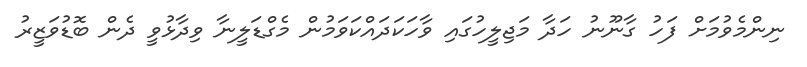
ނިންމެވުމަށް ފަހު ގާނޫނު ހަދާ މަޖިލީހުގައި ވާހަކަދައްކަވަމުން މެގްޑަލީނާ ވިދާޅުވީ ދެން ބޮޑުވަޒީރު